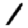
Digit: 1